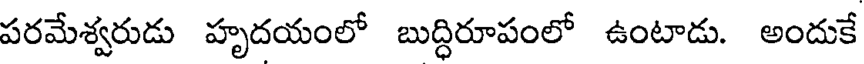
పరమేశ్వరుడు హృదయంలో బుద్ధిరూపంలో ఉంటాడు. అందుకే